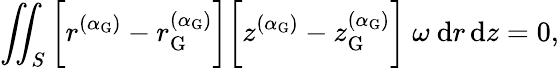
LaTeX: \iint_{S}\bigg[r^{(\alpha_{\mathrm{G}})}-r_{\mathrm{G}}^{(\alpha_{\mathrm{G}})}\bigg]\bigg[z^{(\alpha_{\mathrm{G}})}-z_{\mathrm{G}}^{(\alpha_{\mathrm{G}})}\bigg]~\omega~\mathrm{d}r\, \mathrm{d}z=0,